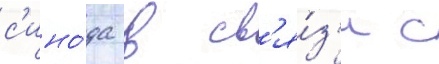
с'ино́да в св'я́з'и с